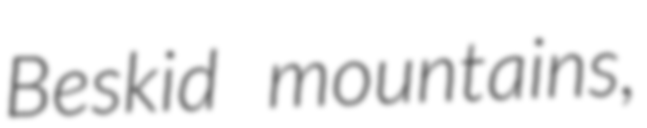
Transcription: Beskid mountains,